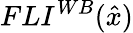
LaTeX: FLI^{{WB}}(\hat{{x}})